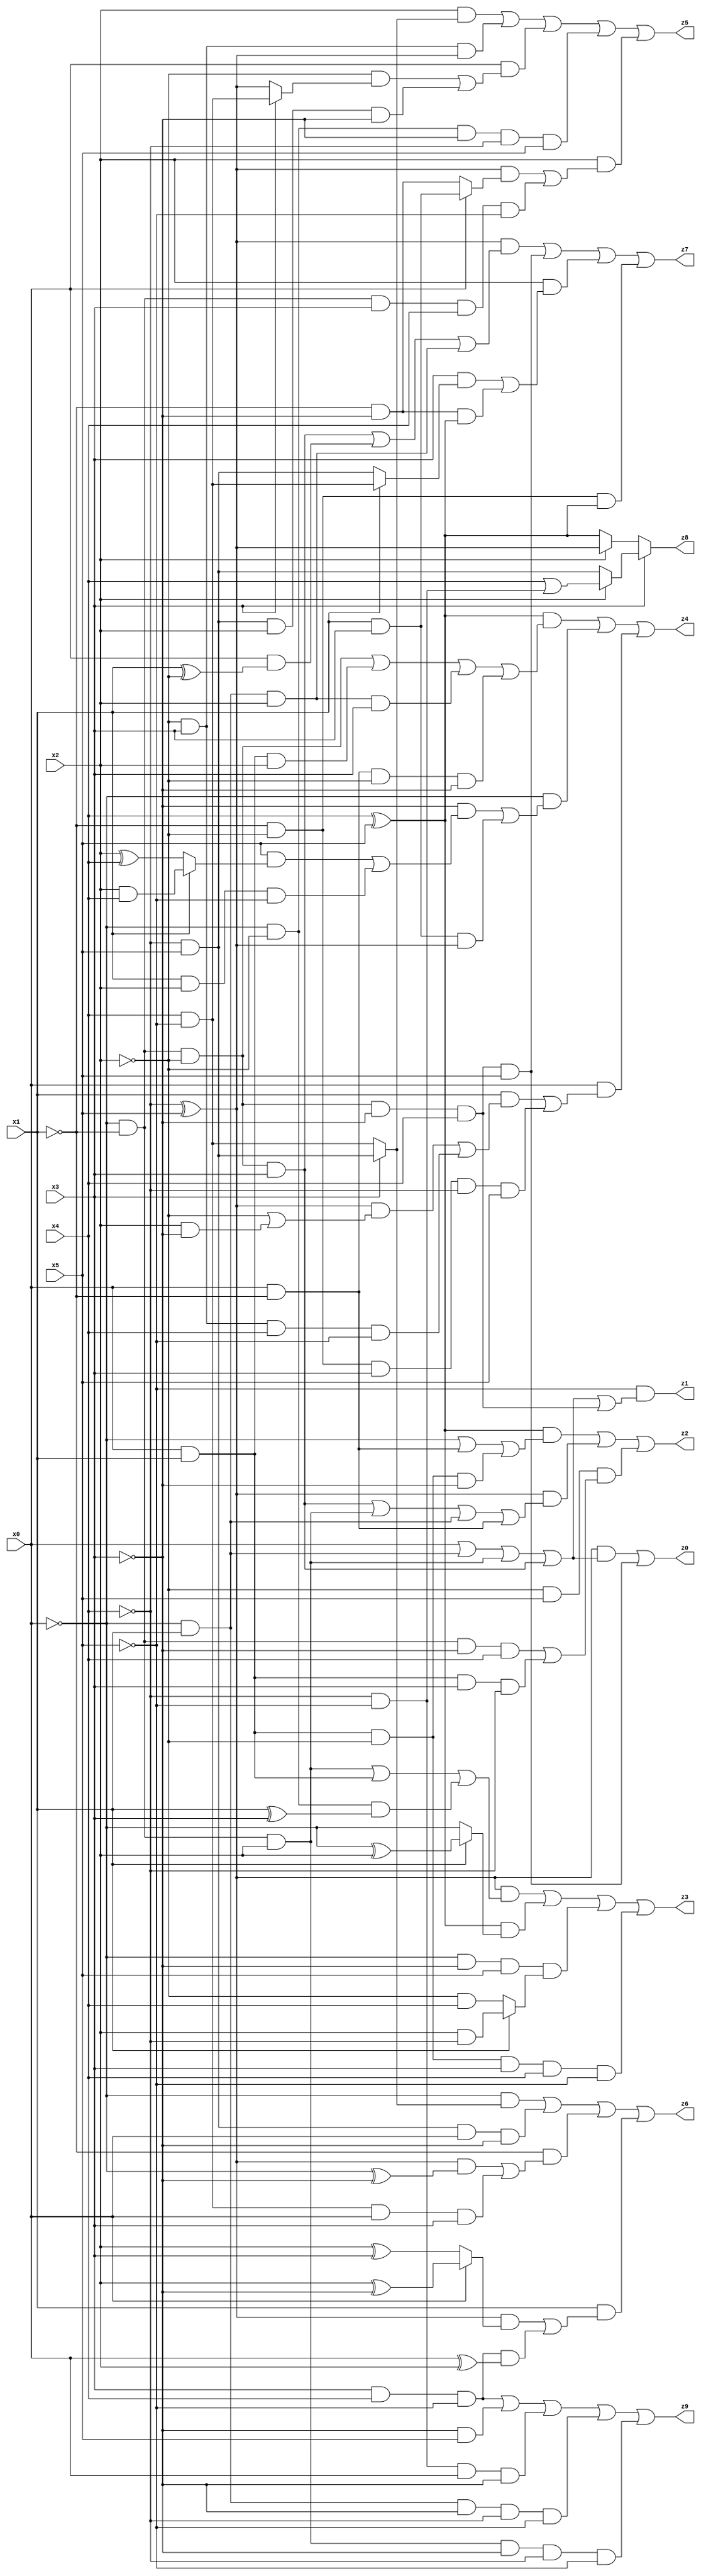
// Benchmark "X_11" written by ABC on Mon Jun 05 16:39:44 2023

module X_11 ( 
    x0, x1, x2, x3, x4, x5,
    z0, z1, z2, z3, z4, z5, z6, z7, z8, z9  );
  input  x0, x1, x2, x3, x4, x5;
  output z0, z1, z2, z3, z4, z5, z6, z7, z8, z9;
  assign z0 = ((~x4 ^ x5) & (x0 | (~x0 & x1) | (~x0 & ~x1 & x2) | (~x0 & ~x1 & ~x2 & x3))) | (~x0 & ~x1 & ~x2 & ~x3 & x4 & x5);
  assign z1 = ~x5 & (x0 | (~x0 & x1) | (~x0 & ~x1 & x2) | (~x0 & ~x1 & ~x2 & x3) | (~x0 & ~x1 & ~x2 & ~x3 & x4));
  assign z2 = ((x4 ^ x5) & (~x0 | (x0 & ~x1) | (x0 & x1 & ~x2 & ~x3))) | ((~x4 ^ x5) & ((~x0 & ~x1 & ~x2 & x3) | (~x0 & ~x1 & x2) | (~x0 & x1) | (x0 & ~x1))) | (~x2 & x5 & ((~x0 & ~x1 & ~x3 & x4) | (x0 & x1 & x3 & ~x4)));
  assign z3 = ((~x4 ^ x5) & ((~x0 & ~x1 & x2) | (x0 & x1) | (~x0 & ~x2 & (x1 ^ x3)))) | ((x4 ^ x5) & (x1 ? (~x0 ^ x2) : ~x0)) | (~x0 & ~x3 & x5 & (x1 ? (x2 & ~x4) : (~x2 & x4))) | (x0 & x1 & ~x2 & x3 & x4 & ~x5);
  assign z4 = ((x4 ^ x5) & ((~x0 & ~x1 & ~x2) | (x0 & x1 & x2) | (~x0 & x1 & x2 & x3) | (x0 & ~x1 & ~x2 & ~x3))) | (~x0 & ((~x3 & ((x5 & (x1 ? (x2 & x4) : (x2 ^ x4))) | (x1 & x2 & ~x5))) | (x1 & x3 & (~x4 ^ x5)))) | (x0 & ((x1 & (((~x4 ^ x5) & (~x2 | (x2 & ~x3))) | (~x2 & x3 & x4 & ~x5))) | (~x1 & ~x2 & x3 & ~x4 & x5)));
  assign z5 = (x2 & (x3 ? (~x4 & x5) : (x4 & ~x5))) | (~x2 & x3 & (~x4 ^ x5)) | (x0 & ((~x2 & (x3 ? (x4 & ~x5) : (~x4 ^ x5))) | (~x4 & x5 & x2 & ~x3))) | (~x0 & ~x2 & ~x3 & ~x4 & x5) | (x2 & (((~x4 ^ x5) & (x0 ? (x1 & x3) : (~x1 & ~x3))) | (~x0 & ~x1 & x3 & x4 & ~x5)));
  assign z6 = (~x0 & (x3 ? (~x4 & x5) : (x4 & ~x5))) | (~x4 & x5 & x0 & ~x3) | (~x1 & (((~x4 ^ x5) & (~x0 ^ ~x3)) | (x4 & ~x5 & x0 & x3))) | (x1 & (((~x4 ^ x5) & (x0 ? (x2 ^ ~x3) : (x2 ^ x3))) | (x3 & x4 & ~x5 & (x0 ^ x2))));
  assign z7 = ((~x4 ^ x5) & ((~x0 & ~x1 & ~x2 & x3) | (x0 & (x1 ^ ~x2)) | (~x0 & x1 & x2))) | (~x0 & ~x1 & ~x2 & ~x3 & x4 & x5) | (x2 & ((x3 & (x1 ? (x4 & ~x5) : (~x4 & x5))) | (~x1 & ~x3 & (x4 ^ x5)))) | (~x1 & ~x2 & (x4 ^ x5));
  assign z8 = x3 ? (x2 ? (x4 | (~x4 & ~x5)) : (~x4 & x5)) : (x2 ? (~x4 ^ x5) : (x4 ^ x5));
  assign z9 = (x3 & x4 & ~x5) | (~x3 & x5) | (~x4 & ~x5 & x0 & ~x3) | (~x0 & x1 & ~x3 & ~x4 & ~x5) | (~x0 & ~x1 & x2 & ~x3 & ~x4 & ~x5);
endmodule